Indian Medical Review
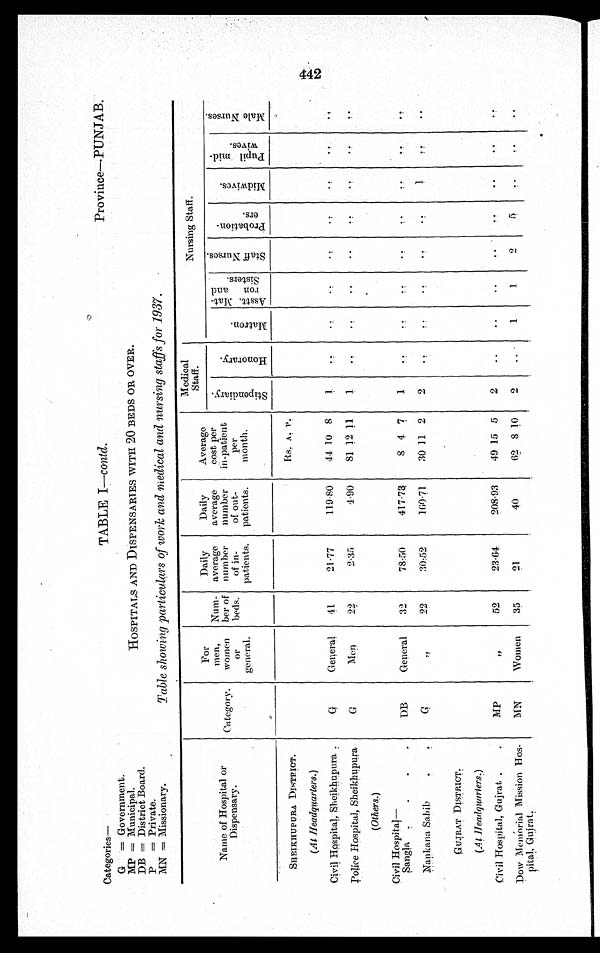
Province—PUNJAB.
Categories—
G = Government.
MP = Municipal.
DB = District Board.
P = Private.
MN = Missionary.
TABLE I— contd .
HOSPITALS AND DISPENSARIES WITH 20 BEDS OR OVER.
Table showing particulars of work and medical and nursing staffs for 1937.
Name of Hospital or
.Dispensary.
Category.
For
men,
women
or
general.
Num-
ber of
beds.
Daily
average
number
of in-
patients.
Daily
average
number
of out-
patients.
Average
cost per
in-patient
per
month.
Medical
Staff
.
Nursing Staff.
S t i p e n d i a r y .
H o n o r a r y .
M a t r o n .
A s s t t . M a t - r o n a n d S i s t e r s .
S t a f f N u r s e s .
P r o b a t i o n - e r s .
M i d w i v e s .
P u p i l m i d - w i v e s .
M a l e N u r s e s .
SHEIKHUPURA DISTRICT.
Rs. A. P.
(At Headquarters. )
Civil Hospital, Sheikhupura.
G
General
41
21.77
119.80
44 10 8
1
. .
. .
. .
. .
. .
. .
. .
. .
Police Hospital, Sheikhupura
G
Men
22
2.35
4.90
81 12 11
1
. .
. .
..
. .
. .
. .
. .
. .
(Others. )
Civil Hospital
— Sangla
D.B
General
32
78.50
417.73
8 4 7
1
. .
. .
. .
. .
. .
. .
. .
. .
Nankana Sahib
G
"
22
30.52
100.71
30 11 2
2
. .
. .
. .
. .
. .
1
. .
. .
GUJRAT DISTRICT.
(At Headquarters. )
Civil Hospital, Gujrat
MP
"
52
23.64
208.93
49 15 5
2
..
..
..
. .
. .
..
..
. .
Dow Memorial Mission Hos-
pital, Gujrat.
MN
Women
35
21
40
62 8 10
2
. .
1
1
2
5
. .
. .
. .